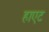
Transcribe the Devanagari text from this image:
हाएट